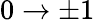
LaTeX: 0\rightarrow\pm 1